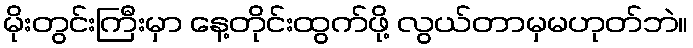
မိုးတွင်းကြီးမှာ နေ့တိုင်းထွက်ဖို့ လွယ်တာမှမဟုတ်ဘဲ။